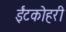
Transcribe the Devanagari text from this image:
ईंटकोहरी